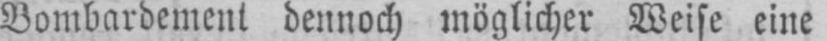
Bombardement dennoch möglicher Weise eine